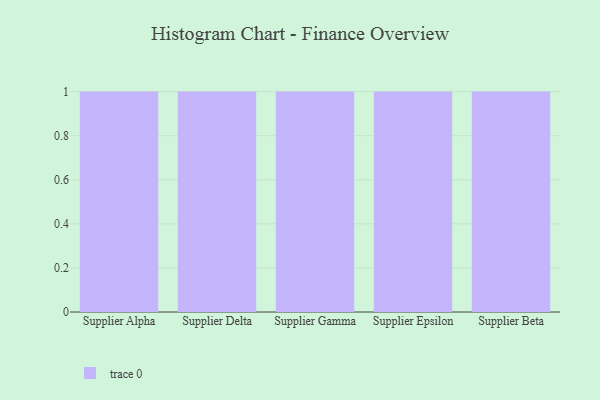
{"axis": {"x": "Supplier", "y": "Churn Rate (%)"}, "legend": [""], "data": [{"x": "Supplier Alpha", "y": 74, "type": ""}, {"x": "Supplier Delta", "y": 45, "type": ""}, {"x": "Supplier Gamma", "y": 40, "type": ""}, {"x": "Supplier Epsilon", "y": 96, "type": ""}, {"x": "Supplier Beta", "y": 37, "type": ""}]}